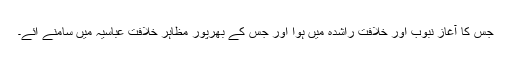
جس کا آغاز نبوب اور خلافت راشدہ میں ہوا اور جس کے بھرپور مظاہر خلافت عباسیہ میں سامنے ائے۔